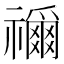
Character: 𮂢